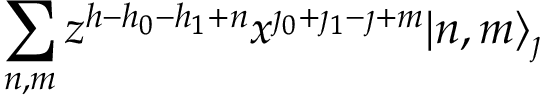
\sum _ { n , m } z ^ { h - h _ { 0 } - h _ { 1 } + n } x ^ { \jmath _ { 0 } + \jmath _ { 1 } - \jmath + m } | n , m \rangle _ { \jmath }